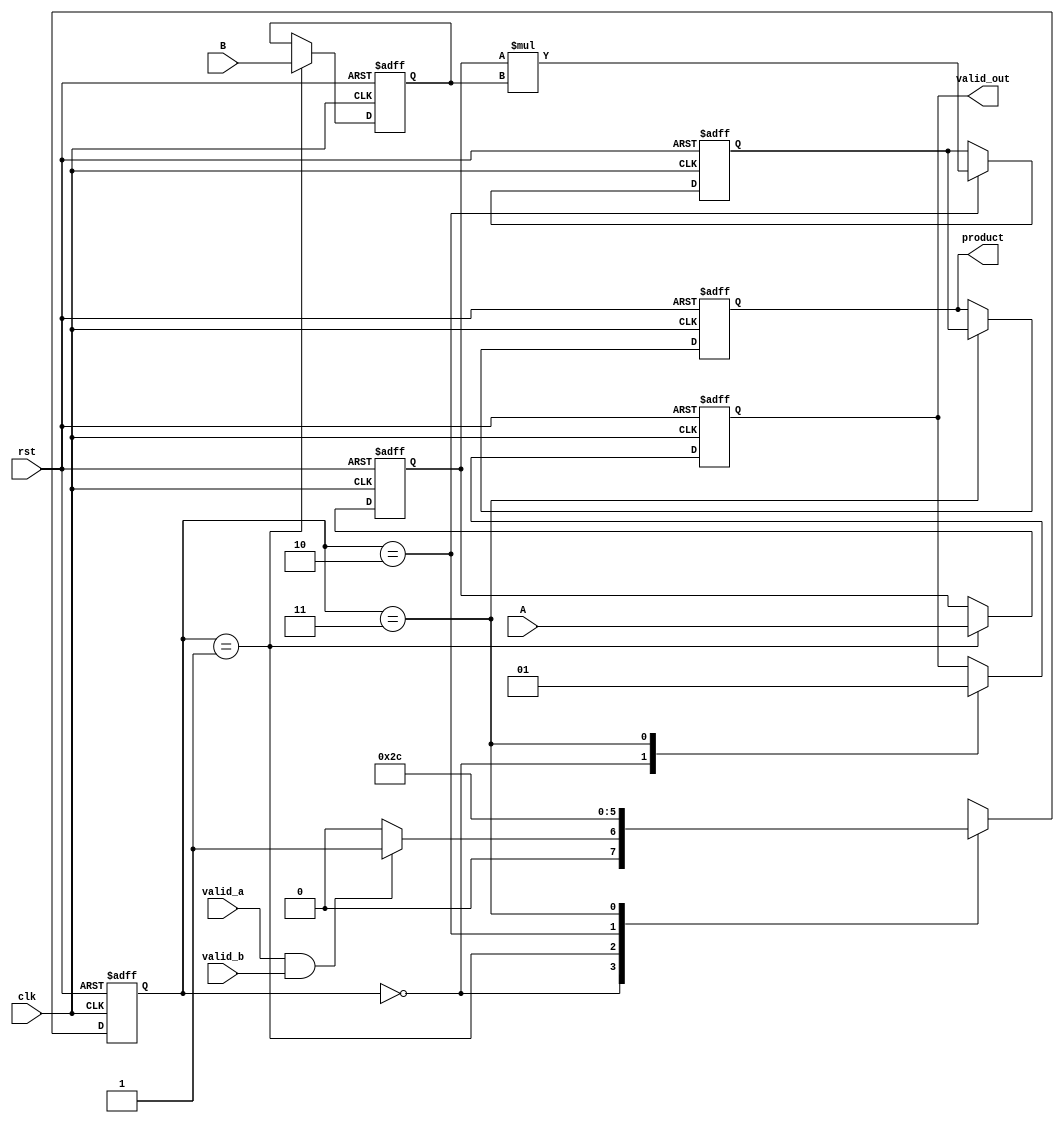
module streaming_multiplier #(
    parameter A_WIDTH = 16,
    parameter B_WIDTH = 16,
    parameter P_WIDTH = A_WIDTH + B_WIDTH
)(
    input wire clk,
    input wire rst,
    input wire valid_a, // Indicates valid data on A
    input wire valid_b, // Indicates valid data on B
    input wire [A_WIDTH-1:0] A,
    input wire [B_WIDTH-1:0] B,
    output reg valid_out, // Indicates valid output data
    output reg [P_WIDTH-1:0] product
);

    // Pipeline registers
    reg [A_WIDTH-1:0] a_reg, b_reg;
    reg [P_WIDTH-1:0] partial_product;
    
    // State encoding
    localparam IDLE = 2'b00,
               CAPTURE = 2'b01,
               MULTIPLY = 2'b10,
               OUTPUT = 2'b11;

    reg [1:0] state, next_state;

    // State Machine
    always @(posedge clk or posedge rst) begin
        if (rst) begin
            state <= IDLE;
        end else begin
            state <= next_state;
        end
    end

    // Next state logic
    always @(*) begin
        case (state)
            IDLE: begin
                if (valid_a && valid_b) begin
                    next_state = CAPTURE;
                end else begin
                    next_state = IDLE;
                end
            end
            CAPTURE: begin
                next_state = MULTIPLY;
            end
            MULTIPLY: begin
                next_state = OUTPUT;
            end
            OUTPUT: begin
                next_state = IDLE; // Go back to IDLE after output
            end
            default: next_state = IDLE;
        endcase
    end

    // Data processing
    always @(posedge clk or posedge rst) begin
        if (rst) begin
            a_reg <= 0;
            b_reg <= 0;
            partial_product <= 0;
            valid_out <= 0;
            product <= 0;
        end else begin
            case (state)
                IDLE: begin
                    valid_out <= 0; // No valid output in IDLE
                end
                CAPTURE: begin
                    a_reg <= A;
                    b_reg <= B;
                end
                MULTIPLY: begin
                    partial_product <= a_reg * b_reg; // Perform multiplication
                end
                OUTPUT: begin
                    product <= partial_product; // Output the product
                    valid_out <= 1; // Indicate valid output
                end
            endcase
        end
    end

endmodule